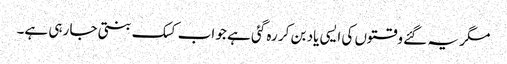
مگر یہ گئے وقتوں کی ایسی یاد بن کر رہ گئی ہے جو اب کسک بنتی جا رہی ہے۔